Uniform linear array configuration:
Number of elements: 32
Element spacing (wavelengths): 0.75
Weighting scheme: binomial
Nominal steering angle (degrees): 15
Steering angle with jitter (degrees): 14.261
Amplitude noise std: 0.05
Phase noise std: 0.05

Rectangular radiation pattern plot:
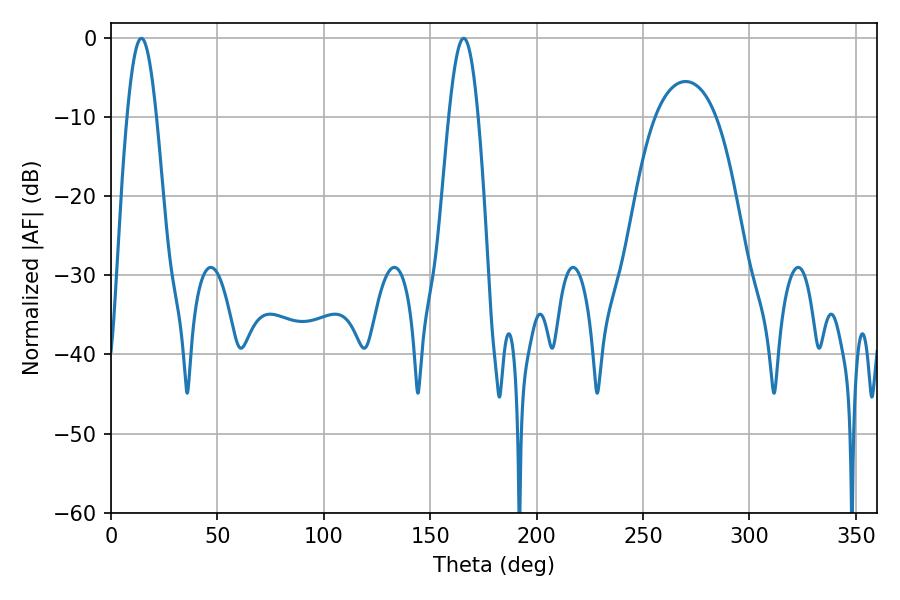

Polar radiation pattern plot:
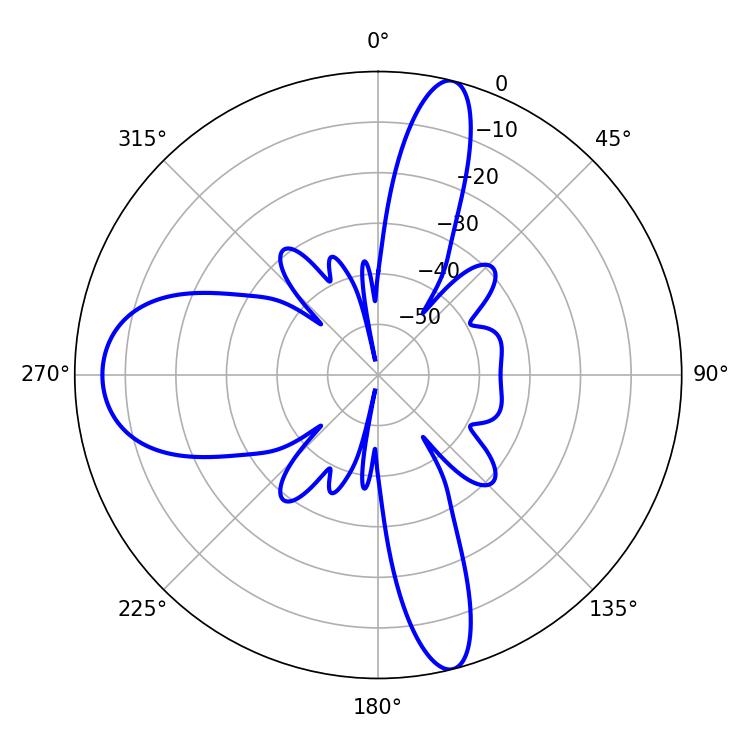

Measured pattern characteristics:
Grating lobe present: TRUE
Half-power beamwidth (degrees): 7.38
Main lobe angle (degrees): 14.22